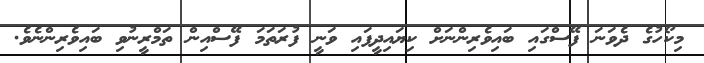
މިކޯހުގެ ދެވަނަ ފޭސްގައި ބައިވެރިންނަށް ކިޔަައިދީފައި ވަނީ ފުރަތަމަ ފޭސްއިން ތަމްރީނުވި ބައިވެރިންނެވެ.